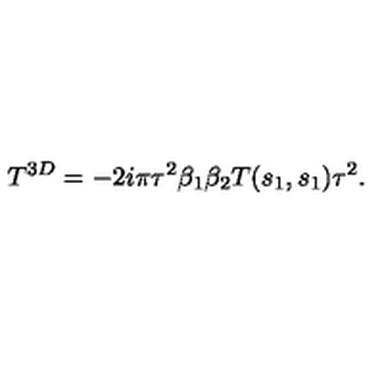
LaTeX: T ^ { 3 D } = - 2 i \pi \tau ^ { 2 } \beta _ { 1 } \beta _ { 2 } T ( s _ { 1 } , s _ { 1 } ) \tau ^ { 2 } .